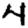
Digit: 4